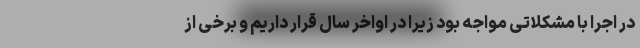
در اجرا با مشکلاتی مواجه بود زیرا در اواخر سال قرار داریم و برخی از